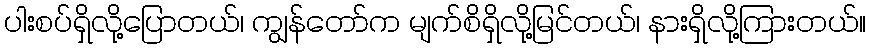
ပါးစပ်ရှိလို့ပြောတယ်၊ ကျွန်တော်က မျက်စိရှိလို့မြင်တယ်၊ နားရှိလို့ကြားတယ်။